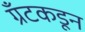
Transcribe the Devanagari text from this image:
ग्रँटकडून